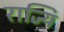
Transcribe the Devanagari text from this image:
राज्यि